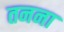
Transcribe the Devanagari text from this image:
तनना